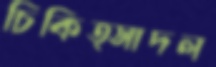
চিকিত্সাদল